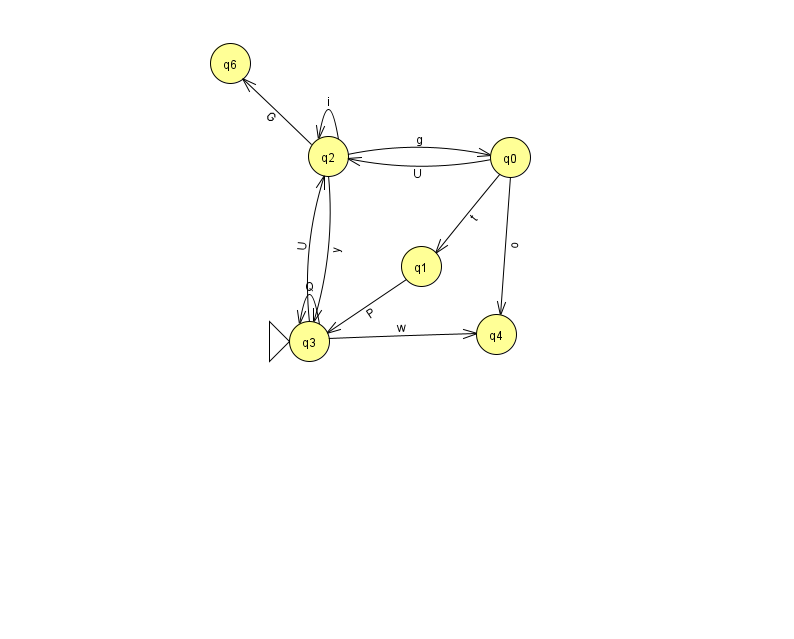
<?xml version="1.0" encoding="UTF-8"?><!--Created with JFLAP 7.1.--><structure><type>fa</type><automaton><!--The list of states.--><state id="0" name="q0"><x>510.0</x><y>144.0</y></state><state id="1" name="q1"><x>421.0</x><y>253.0</y></state><state id="2" name="q2"><x>328.0</x><y>143.0</y></state><state id="3" name="q3"><x>309.0</x><y>328.0</y><initial/></state><state id="4" name="q4"><x>496.0</x><y>321.0</y></state><state id="6" name="q6"><x>230.0</x><y>50.0</y></state><!--The list of transitions.--><transition><from>0</from><to>1</to><read>t</read></transition><transition><from>1</from><to>3</to><read>P</read></transition><transition><from>2</from><to>0</to><read>g</read></transition><transition><from>0</from><to>4</to><read>o</read></transition><transition><from>3</from><to>3</to><read>Q</read></transition><transition><from>0</from><to>2</to><read>U</read></transition><transition><from>3</from><to>2</to><read>U</read></transition><transition><from>2</from><to>6</to><read>G</read></transition><transition><from>2</from><to>2</to><read>i</read></transition><transition><from>2</from><to>3</to><read>y</read></transition><transition><from>3</from><to>4</to><read>w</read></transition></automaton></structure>